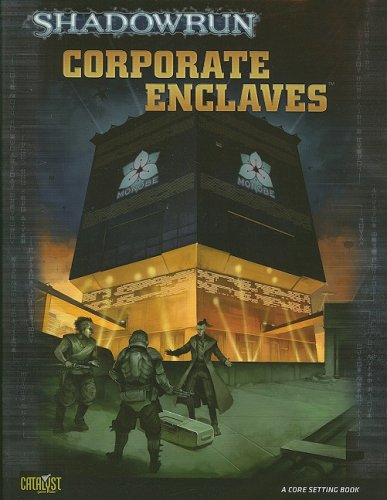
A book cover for Shadowrun Corporate Enclaves (Shadowrun: Core Setting Book); Jennifer Harding; Science Fiction & Fantasy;